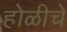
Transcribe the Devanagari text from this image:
होळीचे